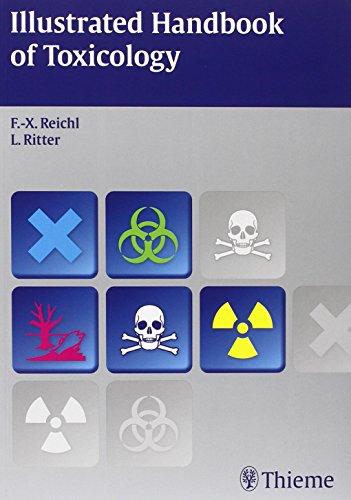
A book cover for Illustrated Handbook of Toxicology; Franz-Xaver Reichl; Medical Books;